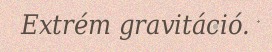
Extrém gravitáció.